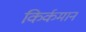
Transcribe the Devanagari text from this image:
किर्कमान